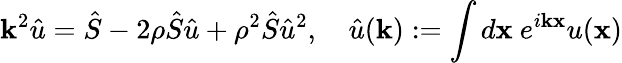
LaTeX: \mathbf k^{2}\hat{u}=\hat{S}-2\rho\hat{S}\hat{u}+\rho^{2}\hat{S}\hat{u}^{2},\quad\hat{u}(\mathbf k):=\int d\mathbf x\ e^{i\mathbf k\mathbf x}u(\mathbf x)